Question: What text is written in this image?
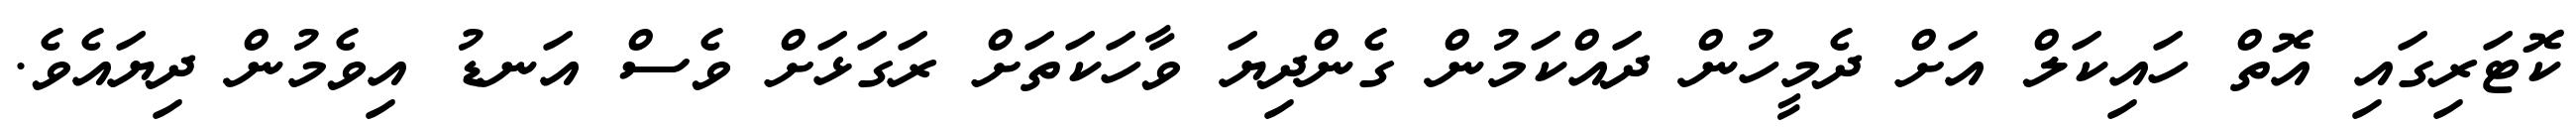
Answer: ކޮޓަރިގައި އޮތް ހައިކަލް އަށް ދެމީހުން ދައްކަމުން ގެންދިޔަ ވާހަކަތަށް ރަގަޅަށް ވެސް އަނޑު އިވެމުން ދިޔައެވެ.